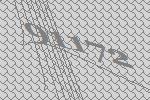
91172